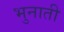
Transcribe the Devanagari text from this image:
भुनाती